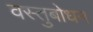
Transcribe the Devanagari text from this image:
वस्तुबोधन